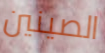
الصينين